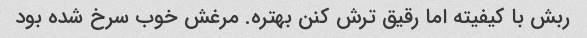
ربش با کیفیته اما رقیق ترش کنن بهتره. مرغش خوب سرخ شده بود